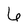
Character: 6